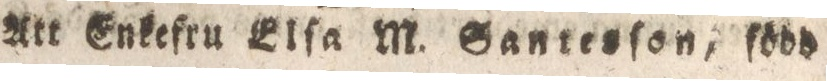
Att Enkefru Elſa M. Santesſon, ſödd